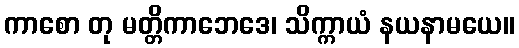
ကာစော တု မတ္တိကာဘေဒေ၊ သိက္ကာယံ နယနာမယေ။